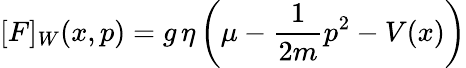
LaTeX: {[F]_{W}(x,p)=g\, \eta\left(\mu-\frac{1}{2m}p^{2}-V(x)\right)}